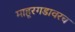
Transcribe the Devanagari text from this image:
माहूरगडावरच